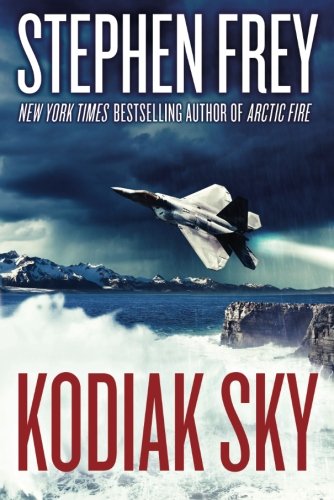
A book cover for Kodiak Sky (Red Cell Trilogy); Stephen W. Frey; Literature & Fiction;